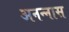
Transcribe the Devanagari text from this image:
अनन्‍नास